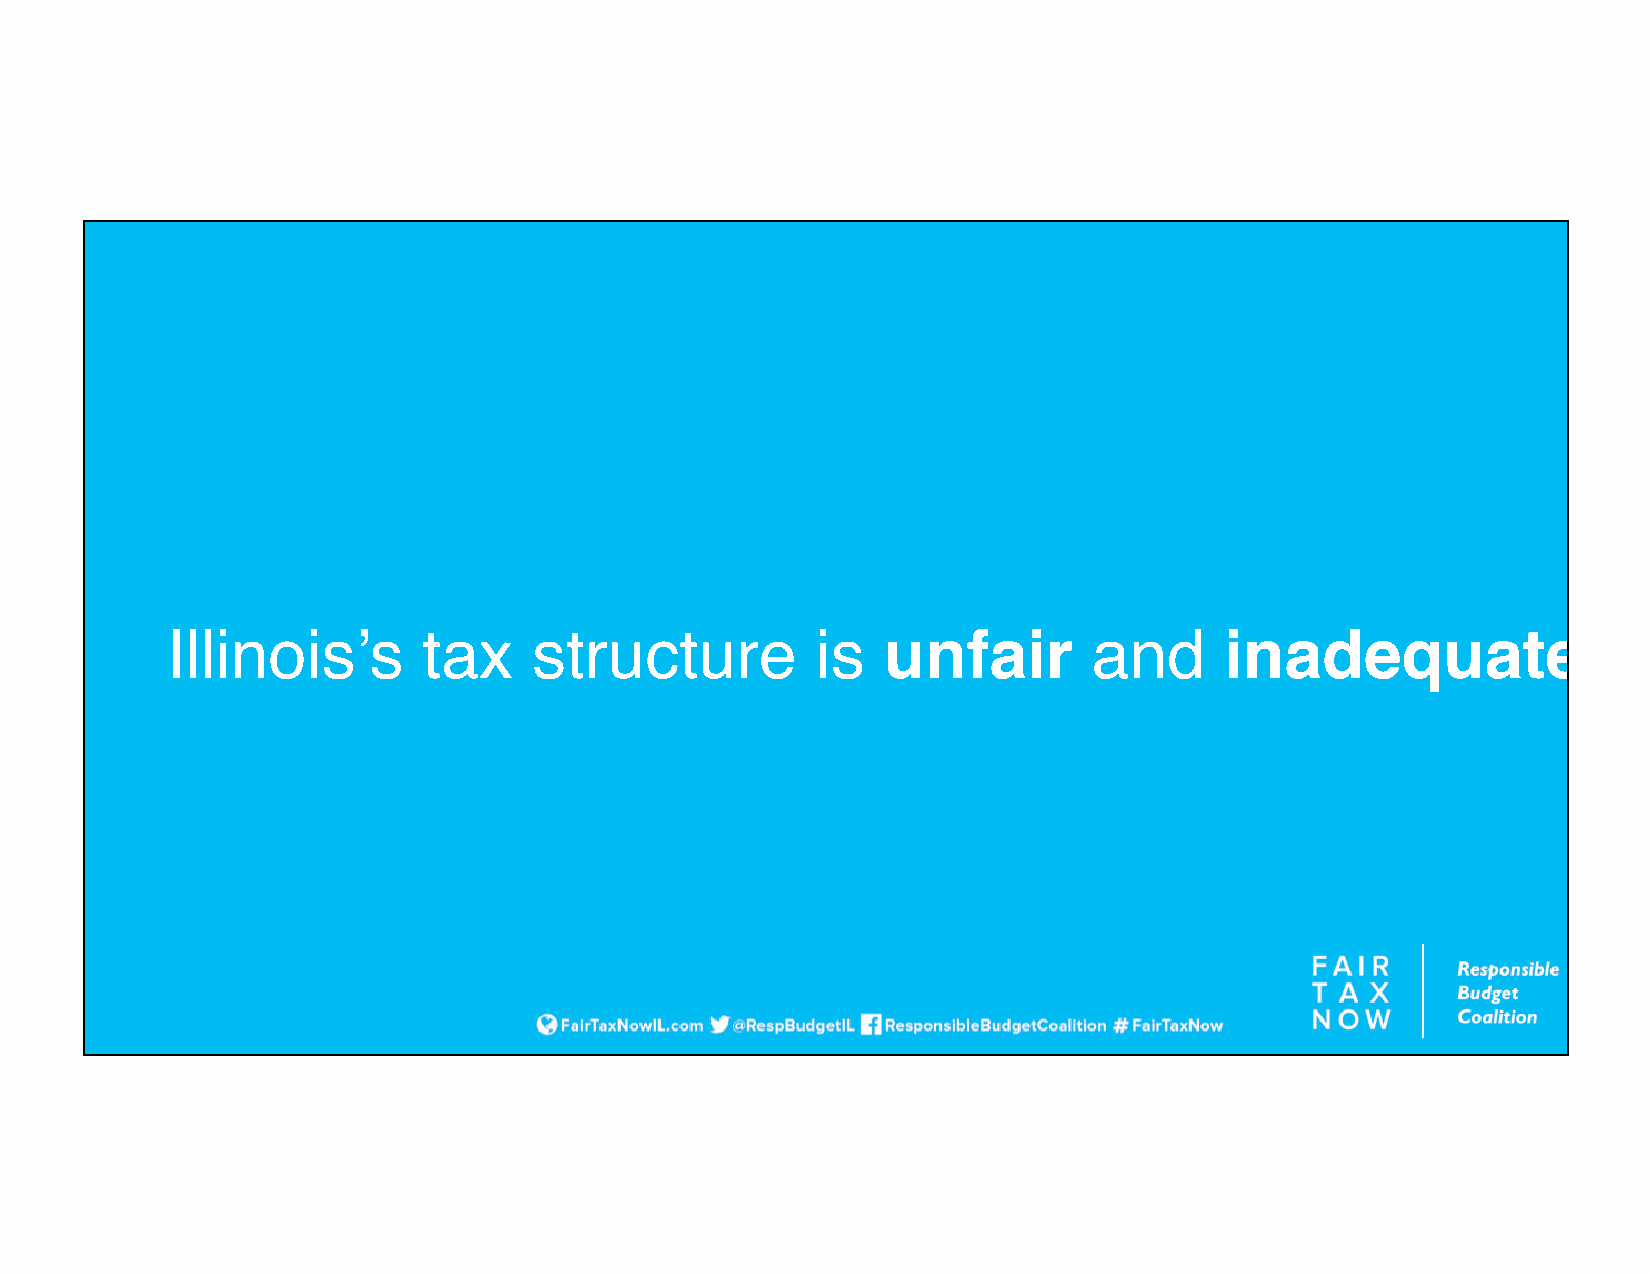
Illinois’s       tax    structure          is  unfair        and      inadequate